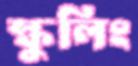
স্কুলিং